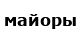
майоры